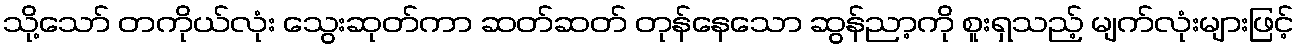
သို့သော် တကိုယ်လုံး သွေးဆုတ်ကာ ဆတ်ဆတ် တုန်နေသော ဆွန်ညာ့ကို စူးရှသည့် မျက်လုံးများဖြင့်